Sanitation, dispensaries and jails vaccination Rajputana 1922-1927 - 1922-1927
Year: 1922
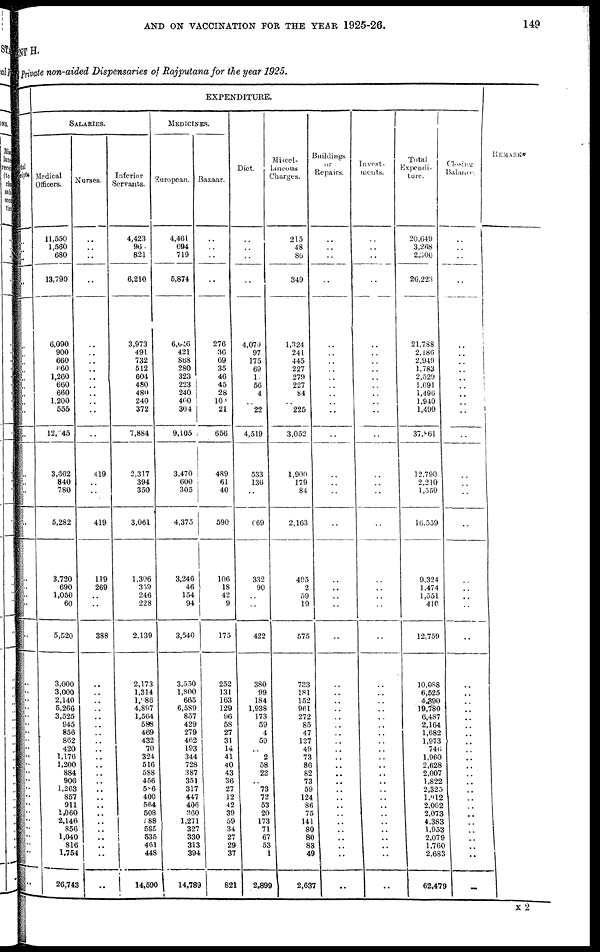
AND ON VACCINATION FOR THE YEAR 1925-26.
149
MENT H.
Private non-aided Dispensaries of Rajputana for the year 1925.
Total
receipts.
..
..
..
..
..
..
..
..
..
..
..
..
..
..
..
..
..
..
..
..
..
..
..
..
..
..
..
..
..
..
..
..
..
..
..
..
..
..
..
..
..
..
..
..
..
..
EXPENDITURE.
SALARIES.
Medical
Officers.
11,550
1,560
680
13,790
6,090
900
660
660
1,260
660
660
1,200
555
12,345
3,662
840
780
5,282
3,720
690
1,050
60
5,520
3,000
3,000
2,140
5,266
3,525
945
856
862
420
1,176
1,200
884
906
1,263
857
911
1,060
2,146
856
1,040
816
1,754
26,743
Nurses.
..
..
..
..
..
..
..
..
..
..
..
..
..
..
419
..
..
419
119
269
..
..
388
..
..
..
..
..
..
..
..
..
..
..
..
..
..
..
..
..
..
..
..
..
..
..
Inferior
Servants.
4,423
968
821
6,210
3,973
491
732
512
604
480
480
240
372
7,884
2,317
394
350
3,061
1,306
359
246
228
2,139
2,173
1,314
1,986
4,897
1,564
588
469
432
70
324
516
588
456
586
400
564
508
788
585
535
461
448
14,590
MEDICINES.
European.
4,461
694
719
5,874
6,046
421
868
280
323
223
240
400
304
9,105
3,470
600
305
4,375
3,246
46
154
94
3,540
3,550
1,800
665
6,589
857
429
279
462
193
344
728
387
351
317
447
406
360
1,271
327
330
313
394
14,789
Bazaar.
..
..
..
..
276
36
69
35
46
45
28
100
21
656
489
61
40
590
106
18
42
9
175
252
131
163
129
96
58
27
31
14
41
40
43
36
27
12
42
39
59
34
27
29
37
821
Diet.
..
..
..
..
4,079
97
175
69
17
56
4
..
22
4,519
533
136
..
669
332
90
..
..
422
380
99
184
1,938
173
59
4
59
..
2
58
23
..
73
72
53
20
173
71
67
53
1
2,899
Miscel-
laneous
Charges.
215
48
86
349
1,324
244
445
227
279
227
84
..
225
3,052
1,900
179
84
2,163
495
2
59
19
575
733
181
152
961
272
85
47
127
49
73
86
82
73
59
124
86
75
141
80
80
88
49
2,637
Buildings
or
Repairs.
..
..
..
..
..
..
..
..
..
..
..
..
..
..
..
..
..
..
..
..
..
..
..
..
..
..
..
..
..
..
..
..
..
..
..
..
..
..
..
..
..
..
..
..
..
..
Invest-
ments.
..
..
..
..
..
..
..
..
..
..
..
..
..
..
..
..
..
..
..
..
..
..
..
..
..
..
..
..
..
..
..
..
..
..
..
..
..
..
..
..
..
..
..
..
..
..
Total
Expendi-
ture.
20,649
3,268
2,306
26,223
21,788
2,186
2,949
1,783
2,529
1,691
1,496
1,940
1,499
37,861
12,790
2,210
1,559
16,559
9,324
1,474
1,551
410
12,759
10,088
6,525
4,390
19,780
6,487
2,164
1,682
1,973
746
1,960
2,628
2,007
1,822
2,325
1,912
2,062
2,073
4,383
1,953
2,079
1,760
2,683
62,479
Closing
Balance.
..
..
..
..
..
..
..
..
..
..
..
..
..
..
..
..
..
..
..
..
..
..
..
..
..
..
..
..
..
..
..
..
..
..
..
..
..
..
..
..
..
..
..
..
..
..
REMARKS
X 2